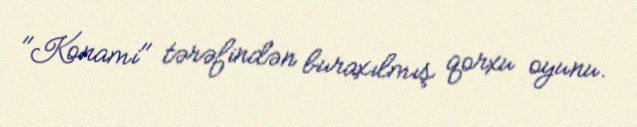
"Konami" tərəfindən buraxılmış qorxu oyunu.